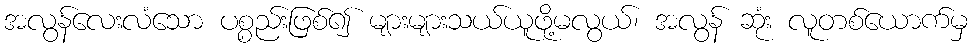
အလွန်လေးလံသော ပစ္စည်းဖြစ်၍ များများသယ်ယူဖို့မလွယ်၊ အလွန် ဆုံး လူတစ်ယောက်မှ